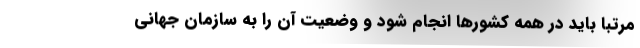
مرتبا باید در همه کشورها انجام شود و وضعیت آن را به سازمان جهانی